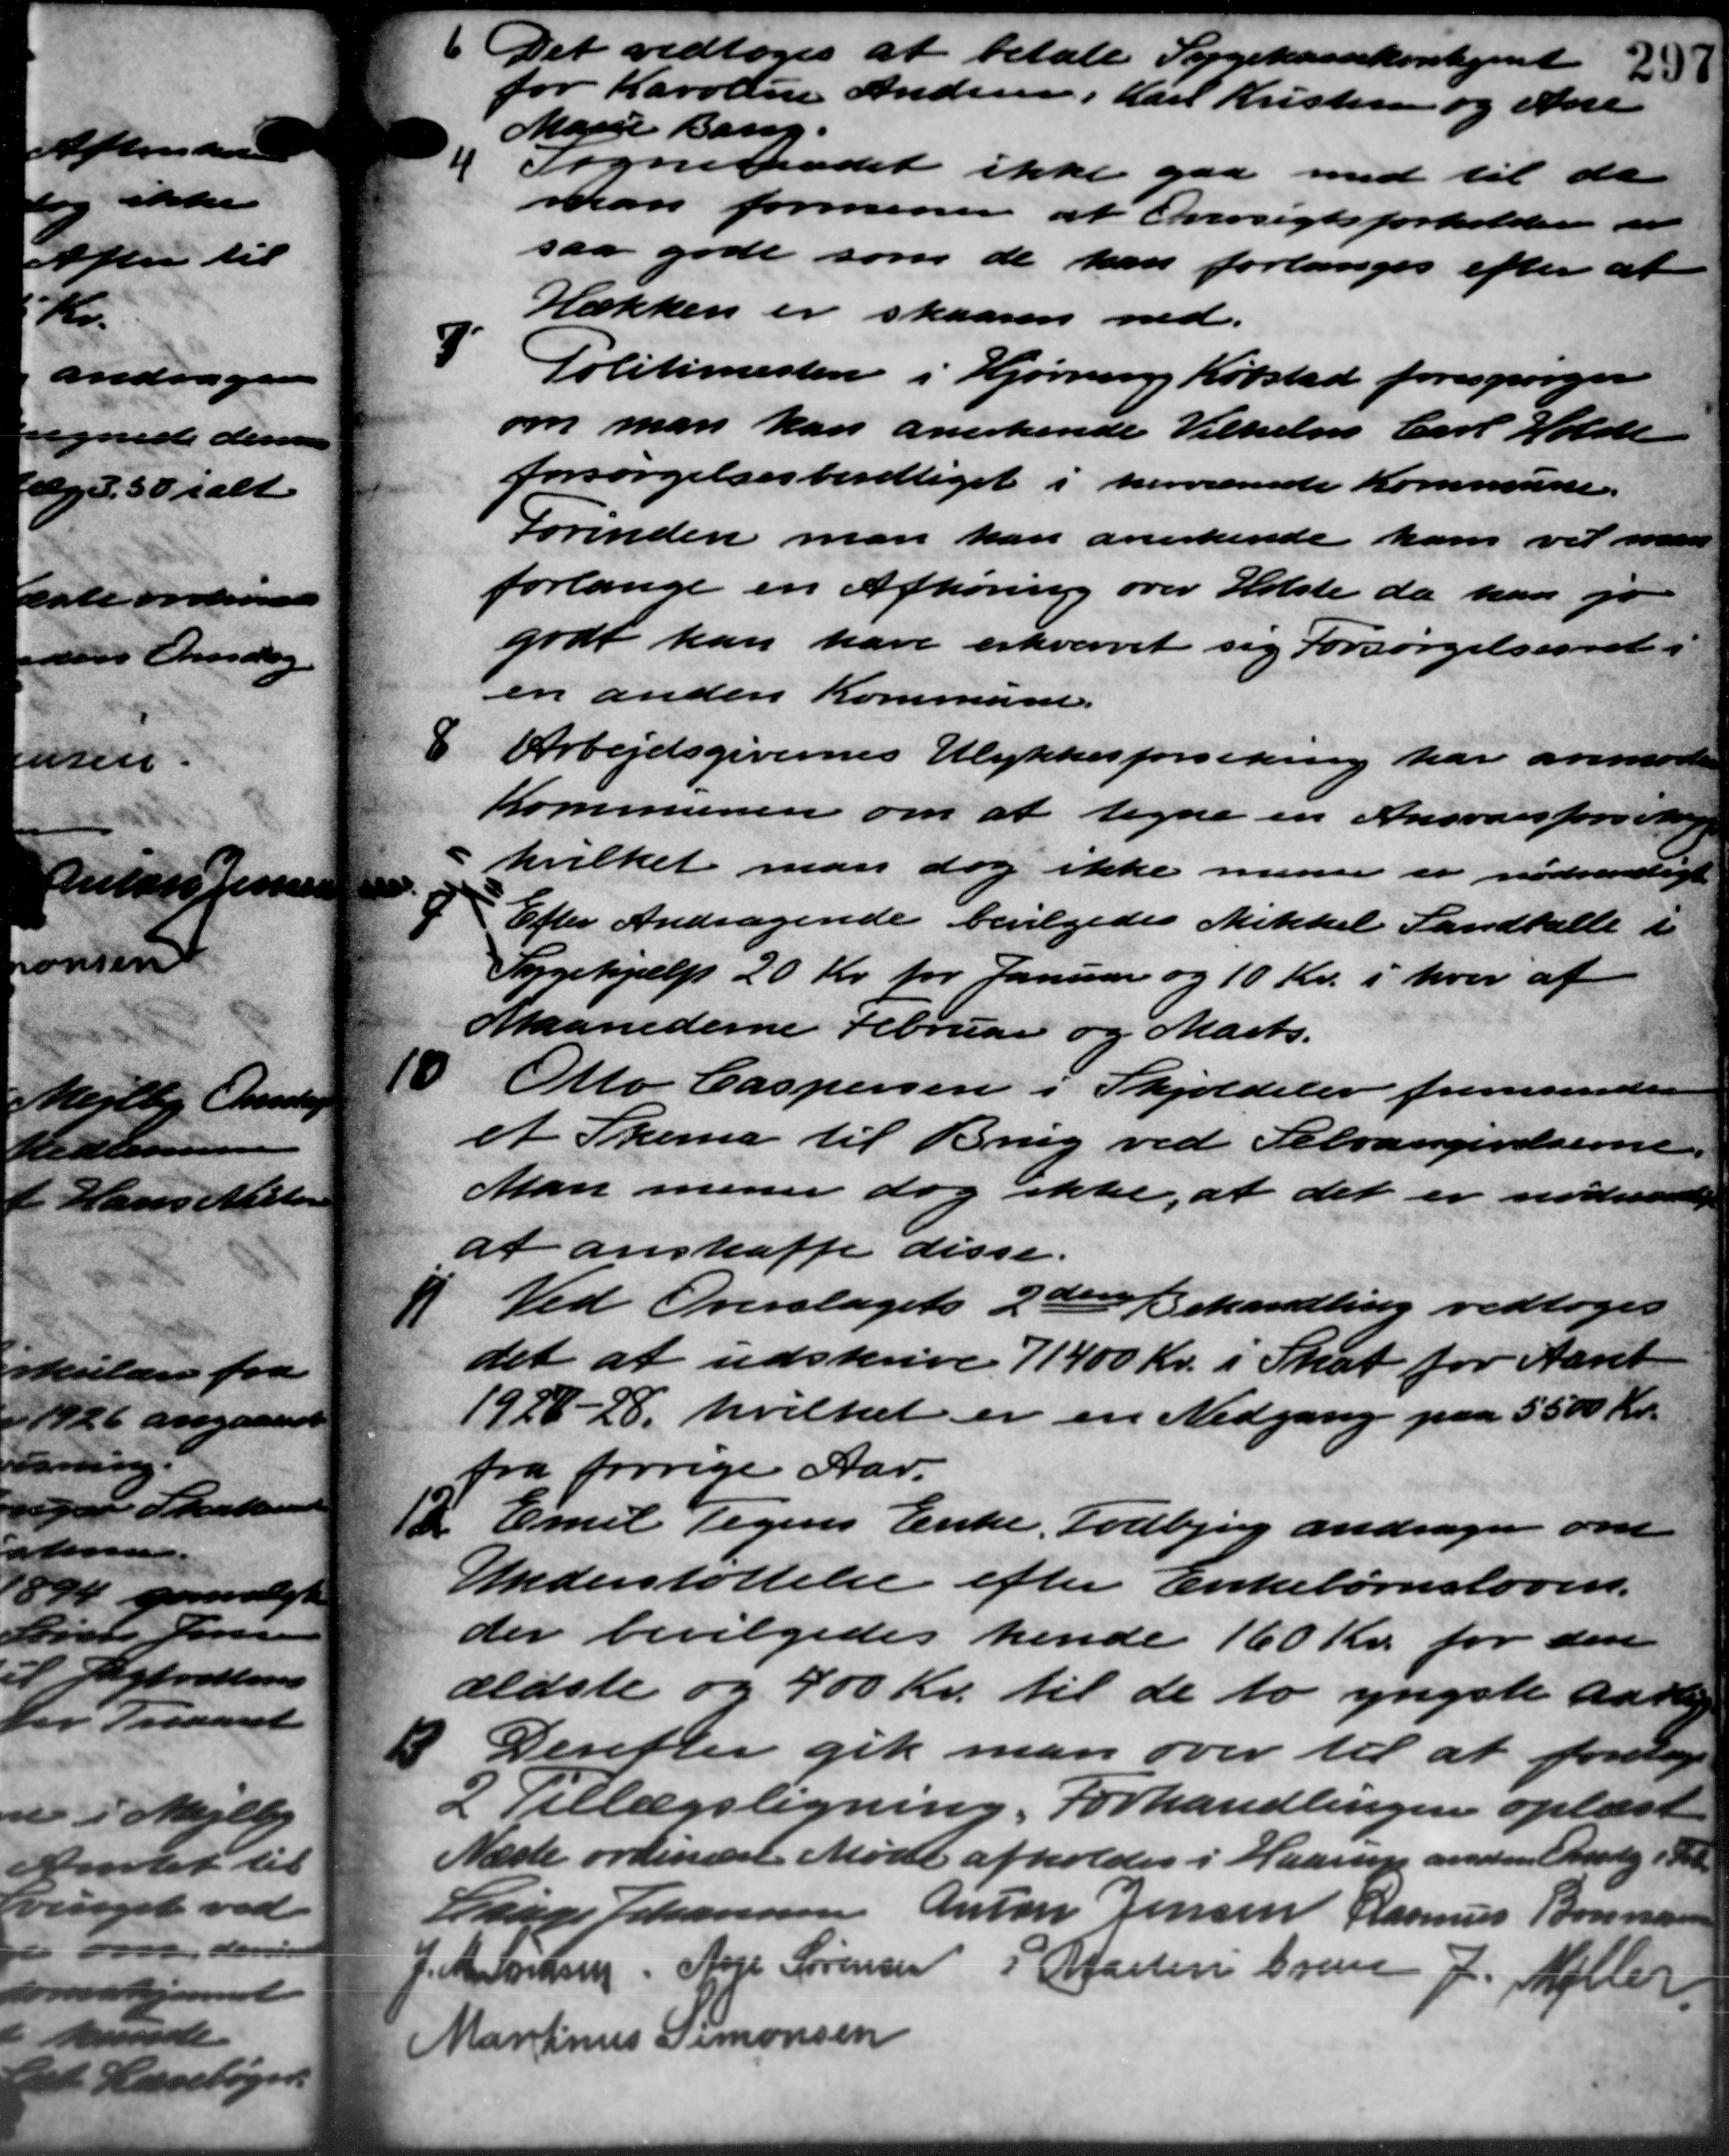
Transskription:
6 Det vedtoges at betale Sygekassekontiget 23
6 Det vedtoges at betale Sygekassekontiget 23
for Karoline Andersen, Karl Kristensen og Ane
Marie Bang.
Sogneraadet ikke gaa med til de
man formener at Oversigtsforholden er
saa gode som de kan forlanges efter at
Hækken er skaaren ned.
7
Politimestere i Hjørning Købstad forespørger
om man kan anerkende Vilhelm Carl Holde
forsørgelsesberettiget i herværende Kommune.
Forinden man kan anerkende ham vil man
forlange en Afhøring over Holste da han jo
godt kan have erhvervet sig Forsørgelsesret
en anden Kommune.
8
Arbejdsgivernes Ulykkesforsikring har anmoder
Kommunen om at tegne en Ansvarsfors Mag
hvilket man dog ikke mener er nødvendigt
Efter Andragende bevilgedes Mikkel Landballe i
Sygehjælp 20 Kr. for Januar og 10 Kr. i hver af
Maanederne Februar og Marts.
10
Otto Caspersen i Skjoldeler fremsender
et Skema til Brug ved Selvangivelserne.
Man mener dog ikke, at det er nødvente
at anskaffe disse.
I Ved Overslagets 2den Behandling vedtoges
I Ved Overslagets 2den Behandling vedtoges
det at udskrive 71400 Kr. i Skat for Aaret
1928 - 28, hvilket er en Nedgang paa 5500 Kr.
fra forrige Aar.
12 Emil Tegens Enke, Todbjerg andrager om
12 Emil Tegens Enke, Todbjerg andrager om
Understøttelse efter Enkebørnsloven.
der bevilgedes hende 160 Kr. for den
ældste og 400 Kr. til de to yngste aarlig
3 Derefter gik man over til at foretag
3 Derefter gik man over til at foretag
2 Tillægsligning. Forhandlingen oplæst
Næste ordinære Møde afholdes i Haarup anden Onsdag i Pet
Lauge Johannesen Anton Jensen Rasmus Bonnes
J. Antonsen Ane Sørensen P. Martin Grene J. Møller
Martinus Simonsen